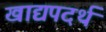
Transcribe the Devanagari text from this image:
खाद्यपदर्थ